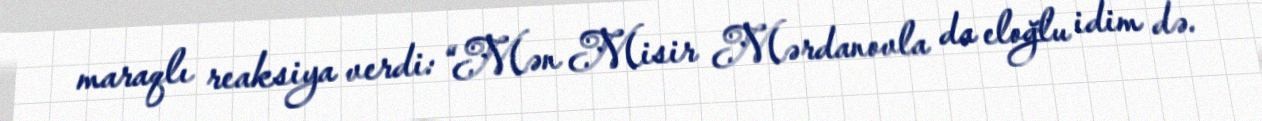
maraqlı reaksiya verdi: “Mən Misir Mərdanovla da eloğlu idim də.